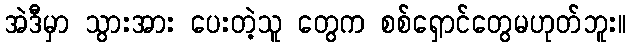
အဲဒီမှာ သွားအား ပေးတဲ့သူ တွေက စစ်ရှောင်တွေမဟုတ်ဘူး။